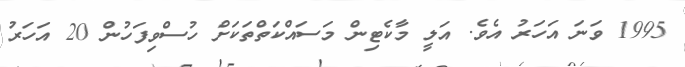
1995 ވަނަ އަހަރު އެވެ. އަލީ މާކެޓިން މަސައްކަތްތަކަށް ހުސްވިފަހުން 20 އަހަރު